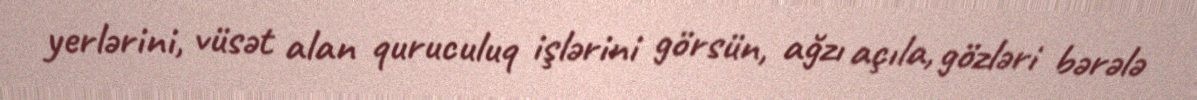
yerlərini, vüsət alan quruculuq işlərini görsün, ağzı açıla, gözləri bərələ